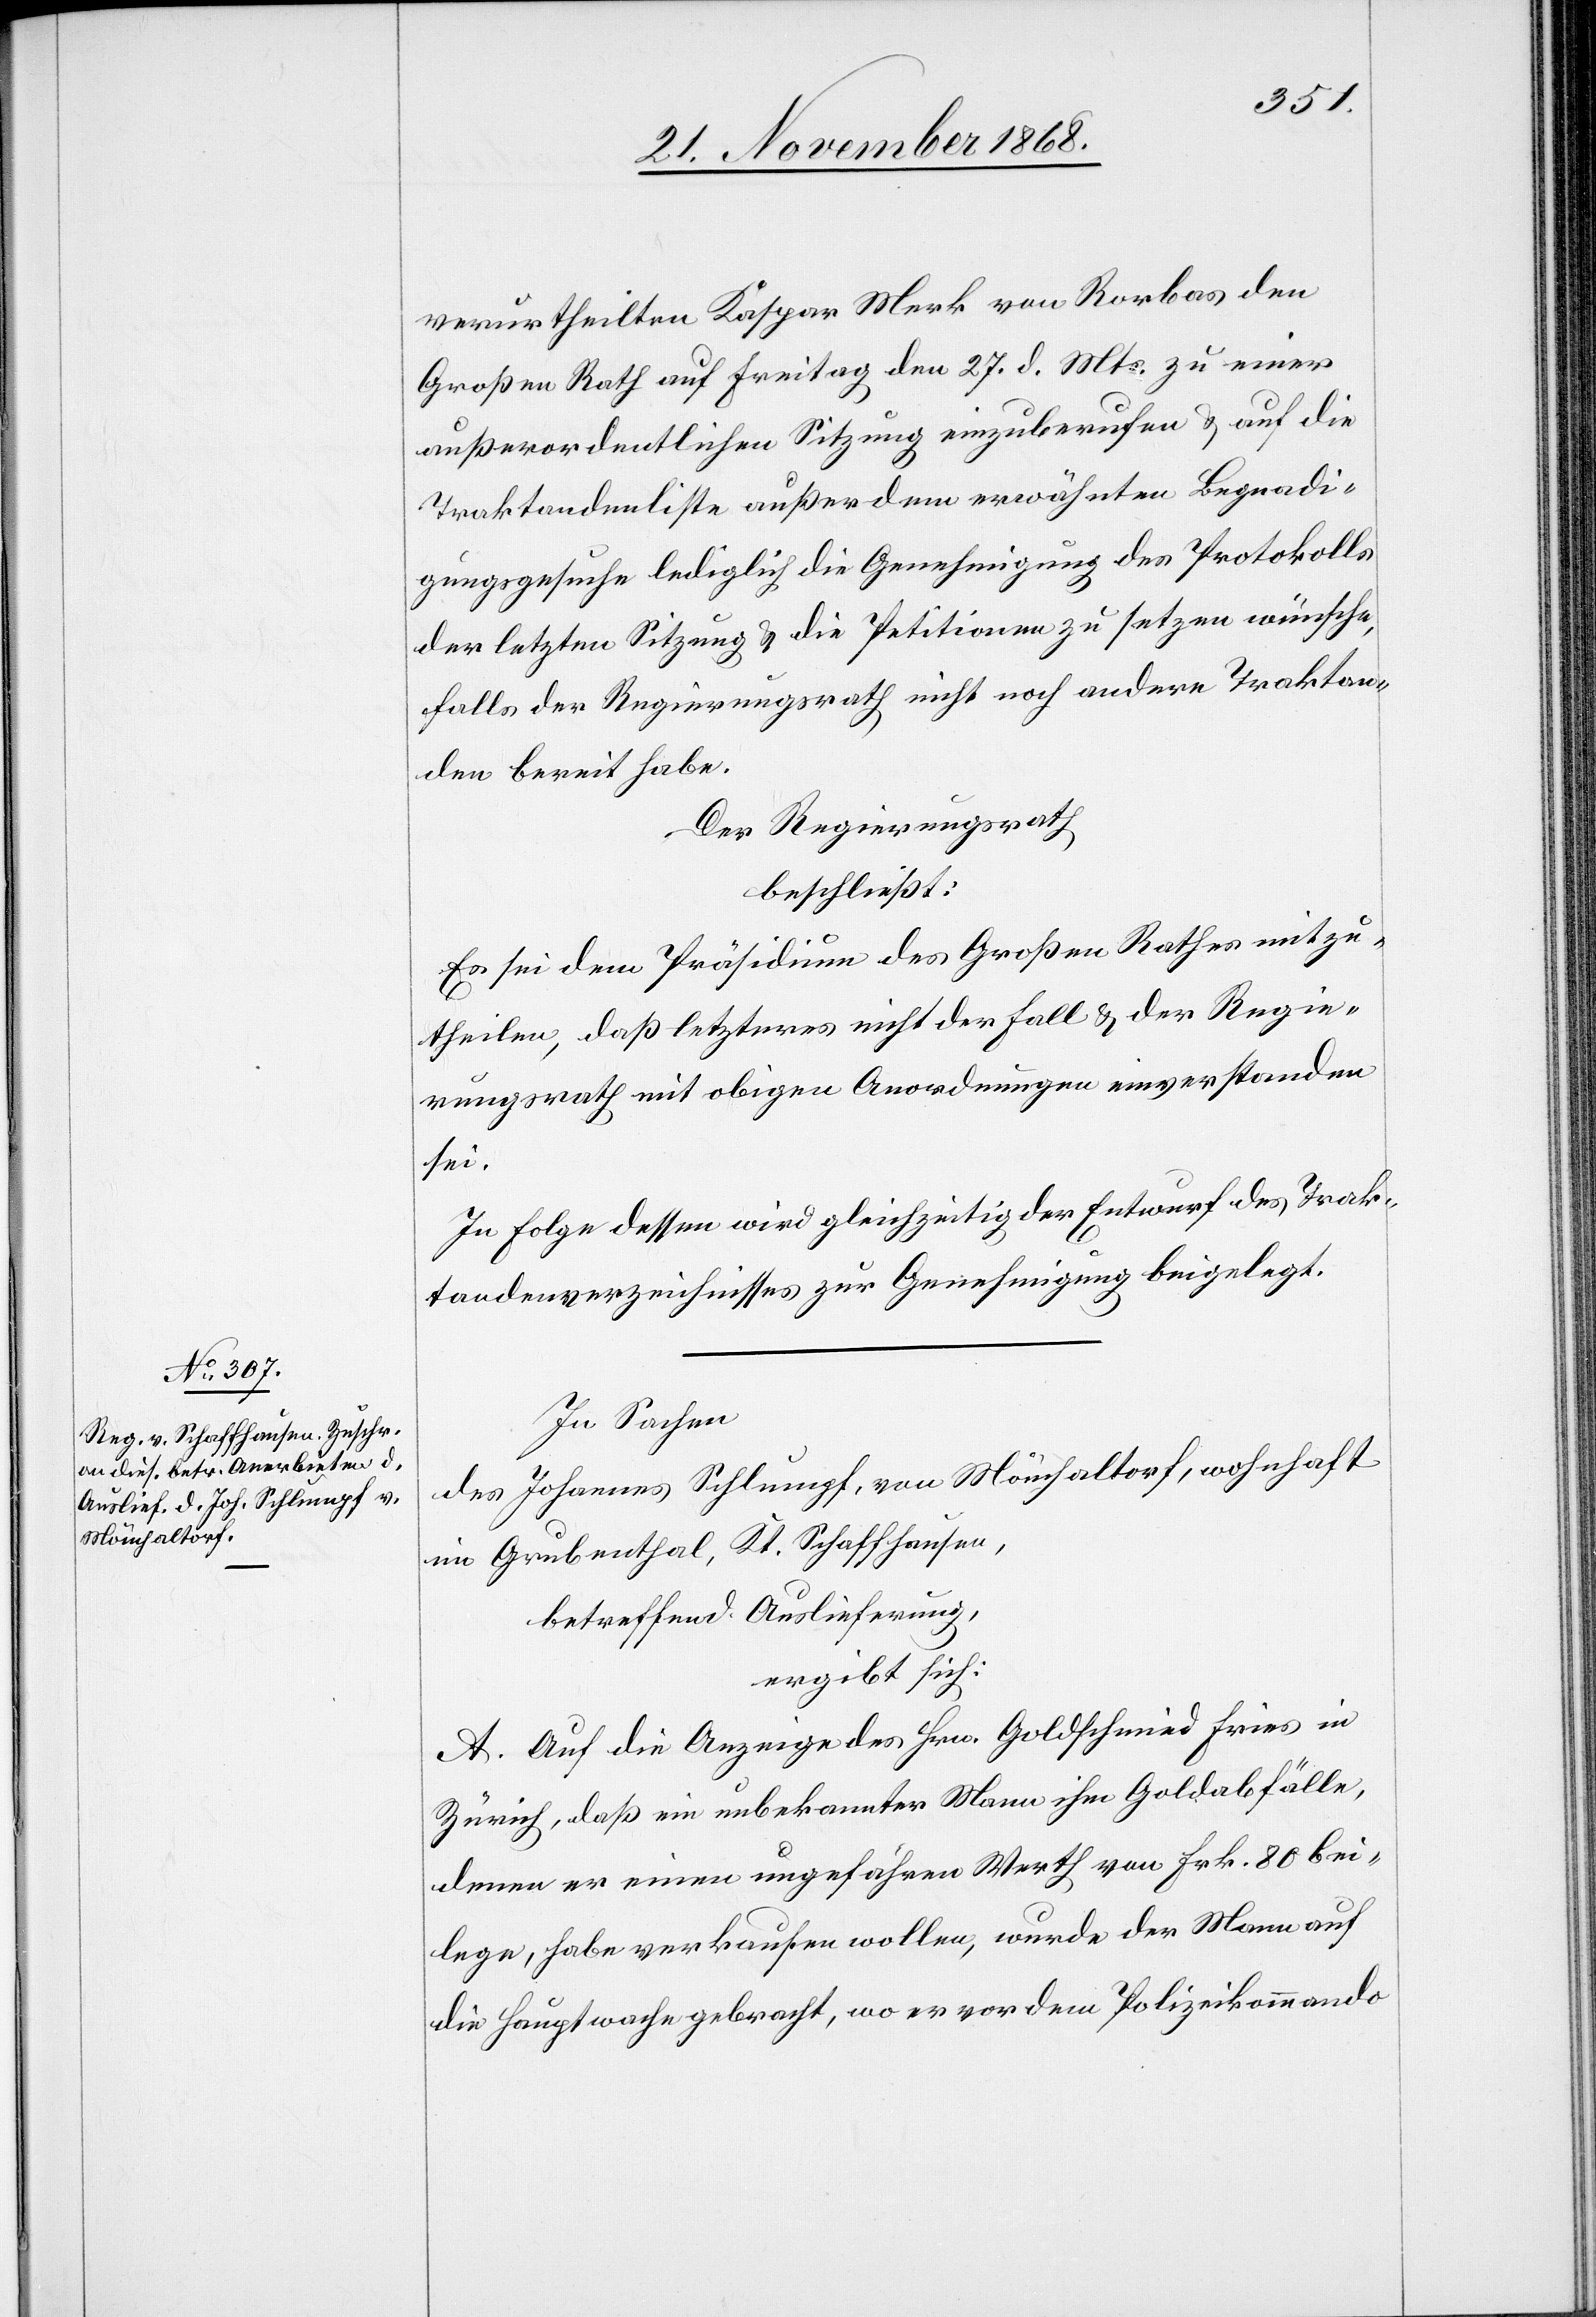
verurtheilten Kaspar Merk von Rorbas den
Großen Rath auf Freitag den 27. d. Mts. zu einer
außerordentlichen Sitzung einzuberufen & auf die
Traktandenliste außer dem erwähnten Begnadi¬
gungsgesuche lediglich die Genehmigung des Protokolls
der letzten Sitzung & die Petitionen zu setzen wünsche,
falls der Regierungsrath nicht noch andere Traktan¬
den bereit habe.
Der Regierungsrath,
beschließt:
Es sei dem Präsidium des Großen Rathes mitzu¬
theilen, daß letzteres nicht der Fall & der Regie¬
rungsrath mit obigen Anordnungen einverstanden
sei.
In Folge dessen wird gleichzeitig der Entwurf des Trak¬
tandenverzeichnisses zur Genehmigung beigelegt.
In Sachen
des Johannes Schlumpf, von Mönchaltorf, wohnhaft
im Grubenthal, Kt. Schaffhausen,
betreffend Auslieferung,
ergibt sich:
A. Auf die Anzeige des Hrn. Goldschmied Fries in
Zürich, daß ein unbekannter Mann ihm Goldabfälle,
denen er einen ungefähren Werth von Frk. 80 bei¬
lege, habe verkaufen wollen, wurde der Mann auf
die Hauptwache gebracht, wo er vor dem Polizeikommando